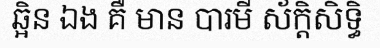
ឆ្អិន ឯង គឺ មាន បារមី ស័ក្តិសិទ្ធិ